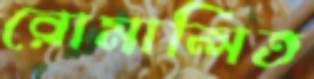
রোমান্সিত